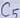
Text: C5